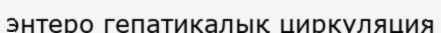
энтеро гепатикалық циркуляция